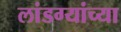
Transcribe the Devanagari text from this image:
लांडग्यांच्या